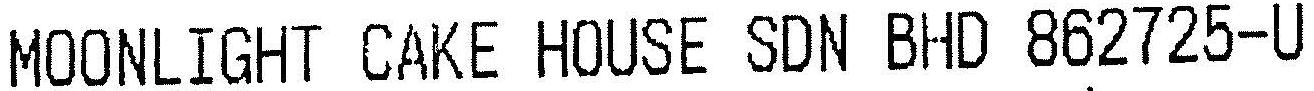
MOONLIGHT CAKE HOUSE SDN BHD 862725-U